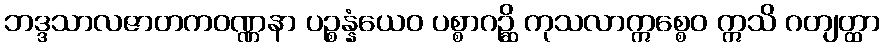
ဘဒ္ဒသာလဇာတကဝဏ္ဏနာ ပဉ္စန္နံယေဝ ပစ္စာဂဉ္ဆိ ကုသလာဣစ္စေဝ ဣသိ ဂတျတ္ထာ